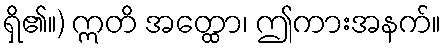
ရှိ၏။) ဣတိ အတ္ထော၊ ဤကားအနက်။